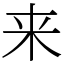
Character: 来